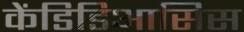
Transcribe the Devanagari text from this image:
केंडिडिआसिस